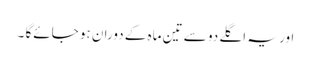
اور یہ اگلے دو سے تین ماہ کے دوران ہو جائےگا ۔